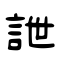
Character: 詍